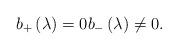
LaTeX: \begin{align*}b_{+}\left( \lambda \right) =0b_{-}\left( \lambda \right) \neq 0.\end{align*}